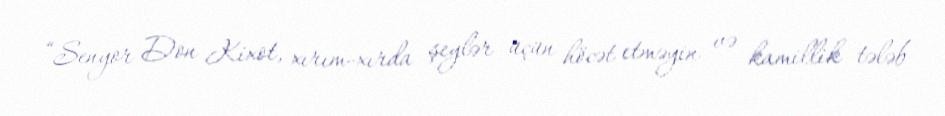
“Senyor Don Kixot, xırım-xırda şeylər üçün höcət etməyin və kamillik tələb